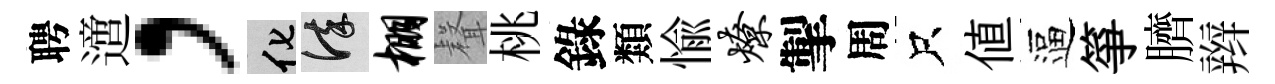
聘𨗁，化謹棚𮋻桃錄類愉燎掣周只值逼箏臍辫